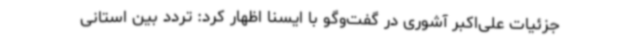
جزئیات علی‌اکبر آشوری در گفت‌وگو با ایسنا اظهار کرد: تردد بین استانی